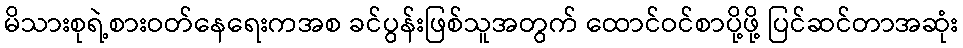
မိသားစုရဲ့စားဝတ်နေရေးကအစ ခင်ပွန်းဖြစ်သူအတွက် ထောင်ဝင်စာပို့ဖို့ ပြင်ဆင်တာအဆုံး